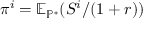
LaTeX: \pi ^ { i } = \mathbb { E } _ { \mathbb { P } ^ { * } } ( S ^ { i } / ( 1 + r ) )